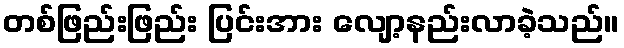
တစ်ဖြည်းဖြည်း ပြင်းအား လျော့နည်းလာခဲ့သည်။